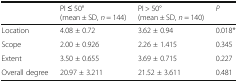
<table><thead><tr><td></td><td><b>PI ≤ 50°(mean ± SD, <i>n</i> = 144)</b></td><td><b>PI &gt; 50°(mean ± SD, <i>n</i> = 140)</b></td><td><b><i>P</i></b></td></tr></thead><tbody><tr><td>Location</td><td>4.08 ± 0.72</td><td>3.62 ± 0.94</td><td>0.018*</td></tr><tr><td>Scope</td><td>2.00 ± 0.926</td><td>2.26 ± 1.415</td><td>0.345</td></tr><tr><td>Extent</td><td>3.50 ± 0.655</td><td>3.69 ± 0.715</td><td>0.227</td></tr><tr><td>Overall degree</td><td>20.97 ± 3.211</td><td>21.52 ± 3.611</td><td>0.481</td></tr></tbody></table>